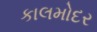
કાલમોદર